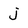
Character: j